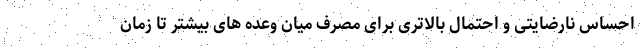
احساس نارضایتی و احتمال بالاتری برای مصرف میان وعده های بیشتر تا زمان